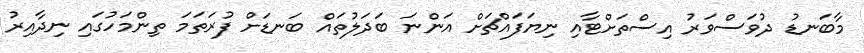
މާބަނޑު ދުވަސްވަރު އިސްތަށްޓާއި ނިޔަފައްޗަށް އަންނަ ބަދަލުތައް ބަނޑަށް ފުރަތަމަ ތިންމަހުގައި ނިދާއިރު